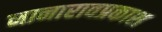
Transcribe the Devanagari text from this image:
नानारावप्रकाश